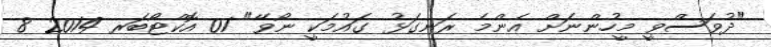
"ދުވަސްވީ މީހުންނަށް އެންމެ ރަނގަޅު ގައުމަކީ ނޯވޭ" 01 އޮކްޓޯބަރ 2014 8